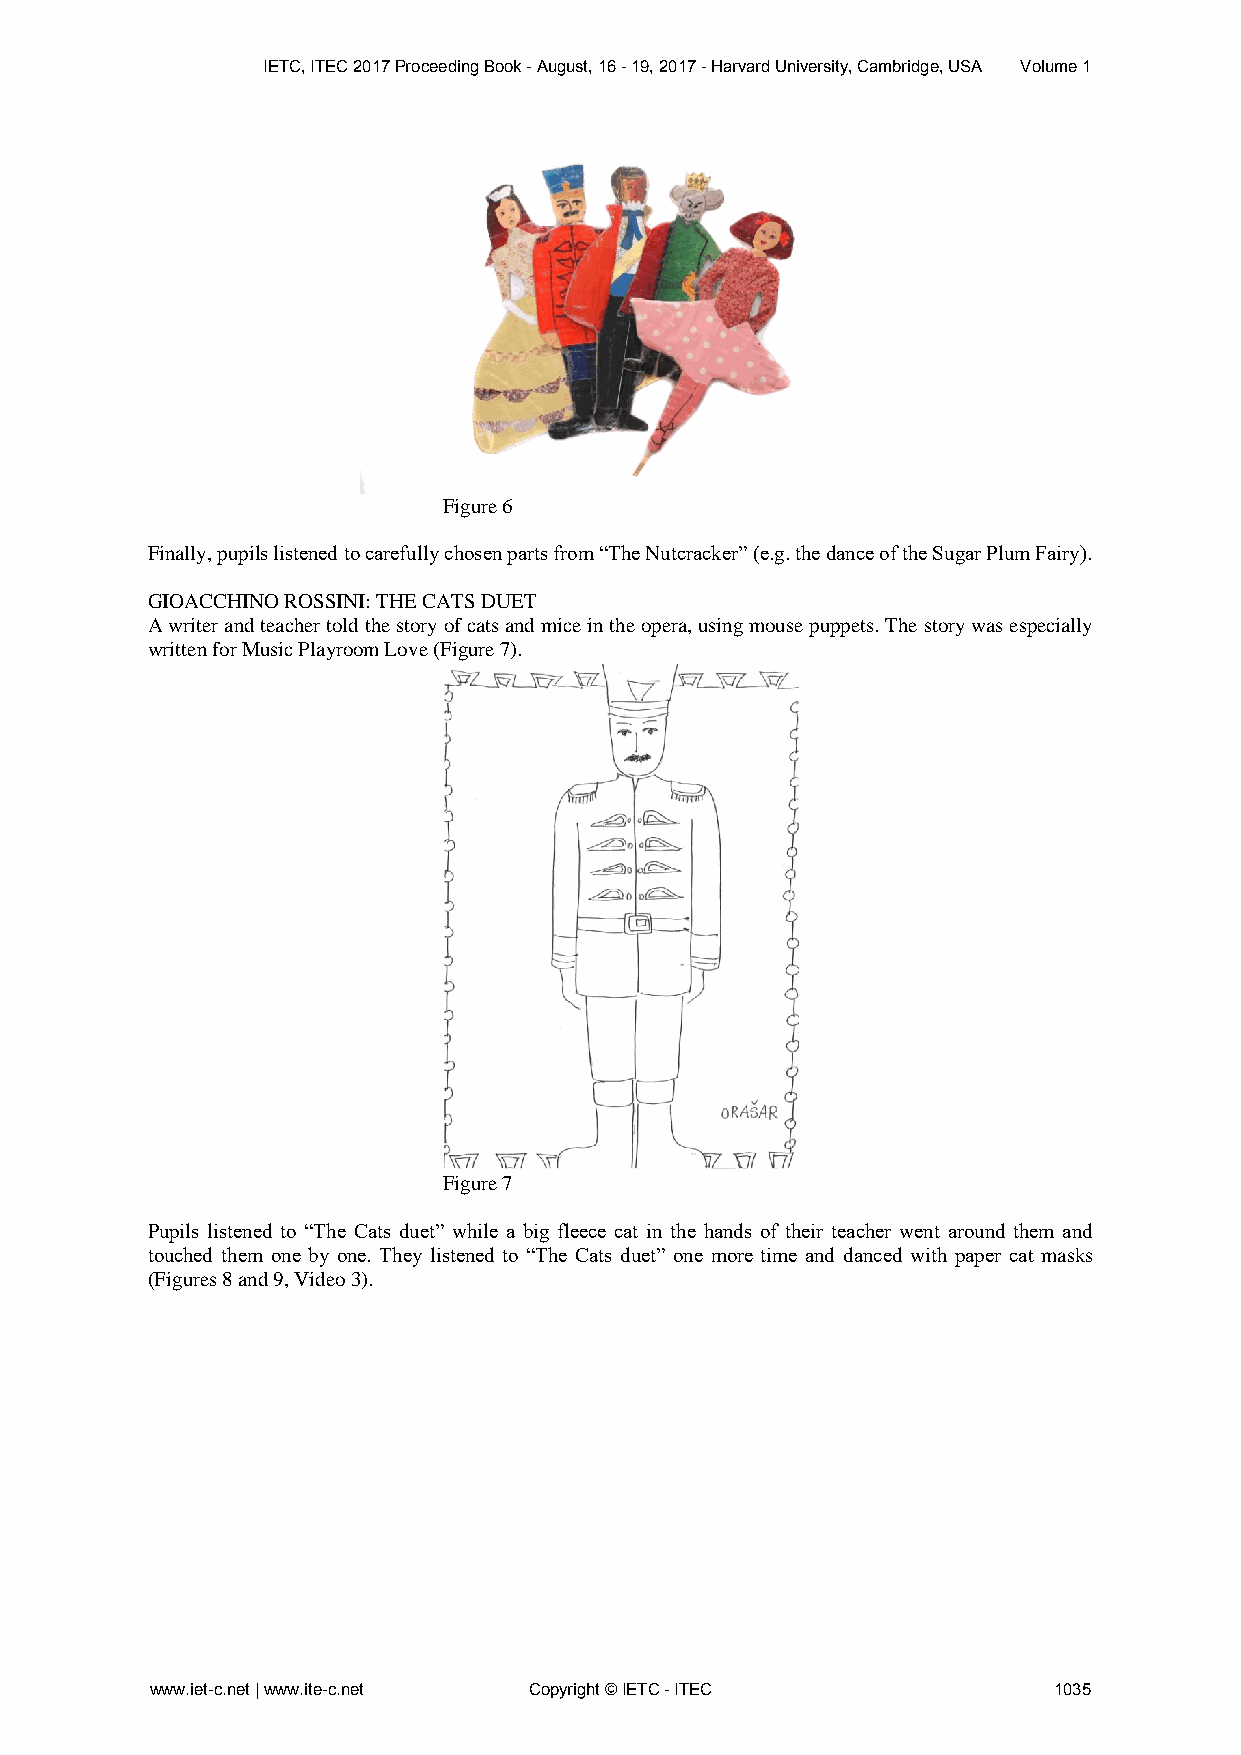
IETC, ITEC 2017 Proceeding Book - August, 16 - 19, 2017 - Harvard University, Cambridge, USA Volume 1
 Figure 6
 Finally, pupils listened to carefully chosen parts from “The Nutcracker” (e.g. the dance of the Sugar Plum Fairy).
 GIOACCHINO ROSSINI: THE CATS DUET
 A writer and teacher told the story of cats and mice in the opera, using mouse puppets. The story was especially
 written for Music Playroom Love (Figure 7).
 Figure 7
 Pupils listened to “The Cats duet” while a big fleece cat in the hands of their teacher went around them and
 touched them one by one. They listened to “The Cats duet” one more time and danced with paper cat masks
 (Figures 8 and 9, Video 3).
 www.iet-c.net | www.ite-c.net Copyright © IETC - ITEC       1035